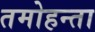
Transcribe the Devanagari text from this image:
तमोहन्ता